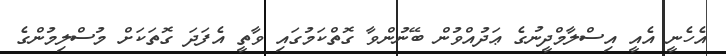
އެހެނީ އެއީ އިސްލާމްދީނުގެ ޢަދުއްވުން ބޭނުންވާ ގޮތްކަމުގައި ވާތީ އެފަދަ ގޮތަކަށް މުސްލިމުންގެ